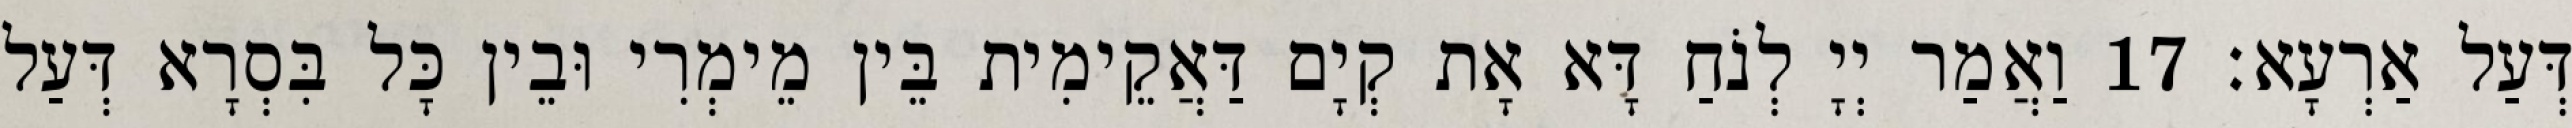
דְּעַל אַרְעָא׃ 17 וַאֲמַר יְיָ לְנֹחַ דָּא אָת קְיָם דַּאֲקֵימִית בֵּין מֵימְרִי וּבֵין כָּל בִּסְרָא דְּעַל